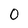
Character: 0